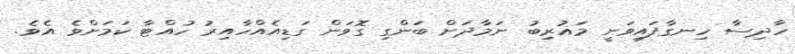
ހާދިސާ ހިނގާފައިވަނީ މަޣުރިބު ނަމާދަށް ބަންގި ގޮވަން ގަޑިއެއްހާއިރު ހުއްޓާ ކަމަށްވެ އެވެ.